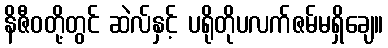
နိဇီဝတို့တွင် ဆဲလ်နှင့် ပရိုတိုပလက်ဇမ်မရှိချေ။